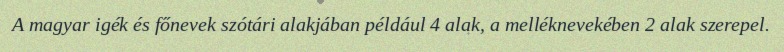
A magyar igék és főnevek szótári alakjában például 4 alak, a melléknevekében 2 alak szerepel.